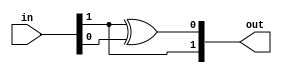
module bin2gray_2bit(
	input [1:0] in,
	output [1:0] out
);

	wire q0; 
	//bin2gray 2bit
   assign q0 = in[1] ^ in[0];
   assign out = {in[1], q0};

endmodule